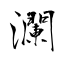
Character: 瀾